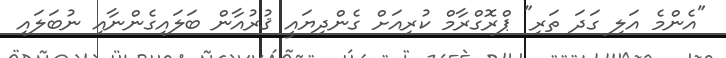
"އެންމެ އަލި ގަދަ ތަރި" ޕްރޮގްރާމް ކުރިއަށް ގެންދިޔައީ ޤުރުއާން ބަލައިގެންނާއި ނުބަލައި